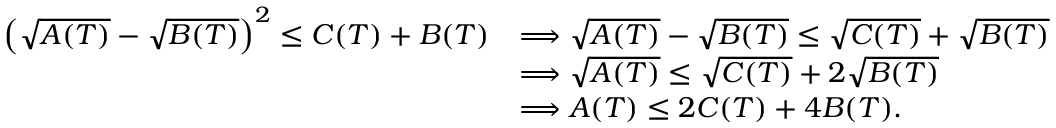
\begin{array} { r l } { \left( \sqrt { A ( T ) } - \sqrt { B ( T ) } \right) ^ { 2 } \leq C ( T ) + B ( T ) } & { \Longrightarrow \sqrt { A ( T ) } - \sqrt { B ( T ) } \leq \sqrt { C ( T ) } + \sqrt { B ( T ) } } \\ & { \Longrightarrow \sqrt { A ( T ) } \leq \sqrt { C ( T ) } + 2 \sqrt { B ( T ) } } \\ & { \Longrightarrow A ( T ) \leq 2 C ( T ) + 4 B ( T ) . } \end{array}